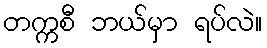
တက္ကစီ ဘယ်မှာ ရပ်လဲ။